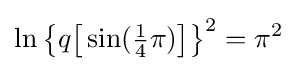
\ln {\bigl \{}q{\bigl [}\sin({\tfrac {1}{4}}\pi ){\bigr ]}{\bigr \}}^{2}=\pi ^{2}